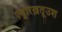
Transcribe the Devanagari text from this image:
ज़्यूरिख़तूउश